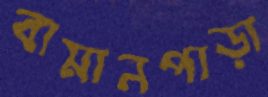
বামানপাড়া